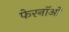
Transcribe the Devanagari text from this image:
फेरनॉओं